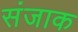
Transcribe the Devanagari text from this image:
संजाक